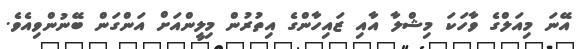
އޭނަ މިއަލްގެ ވާހަކަ މިޝްލާ އާއި ޒައިހާންގެ އިތުރުން މިލީންއަށް އަންގަން ބޭނުންވިއެވެ.